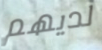
لديهم